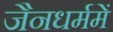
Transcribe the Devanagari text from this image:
जैनधर्ममें